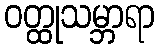
ဝတ္ထုသမ္ဘာရာ